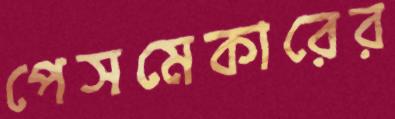
পেসমেকারের